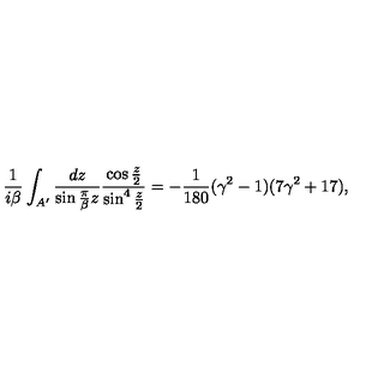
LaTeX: { \frac { 1 } { i \beta } } \int _ { A ^ { \prime } } { \frac { d z } { \sin { \frac { \pi } { \beta } } z } } { \frac { \cos \frac z 2 } { \sin ^ { 4 } \frac z 2 } } = - { \frac { 1 } { 1 8 0 } } ( \gamma ^ { 2 } - 1 ) ( 7 \gamma ^ { 2 } + 1 7 ) ,